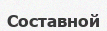
Составной